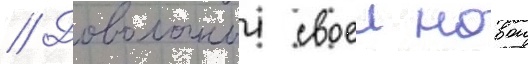
// Довольныи своеи новои